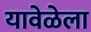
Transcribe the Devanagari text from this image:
यावेळेला